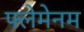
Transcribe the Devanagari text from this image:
फ्लेमेनम